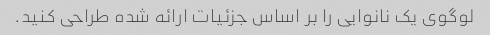
لوگوی یک نانوایی را بر اساس جزئیات ارائه شده طراحی کنید.